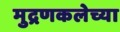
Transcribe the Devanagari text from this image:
मुद्रणकलेच्या